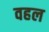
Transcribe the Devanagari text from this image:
वहल